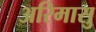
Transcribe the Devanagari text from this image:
अरिमासु